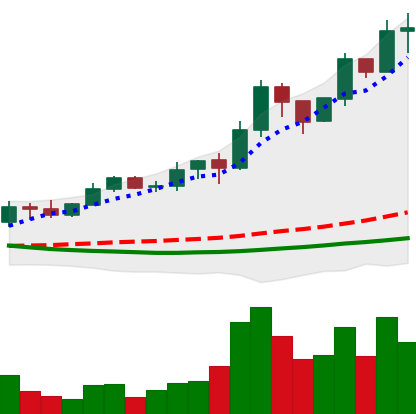
Ticker: ADA-USD
Chart end date: 2019-03-30
Forward return: 21.789%
Label: up_7plus